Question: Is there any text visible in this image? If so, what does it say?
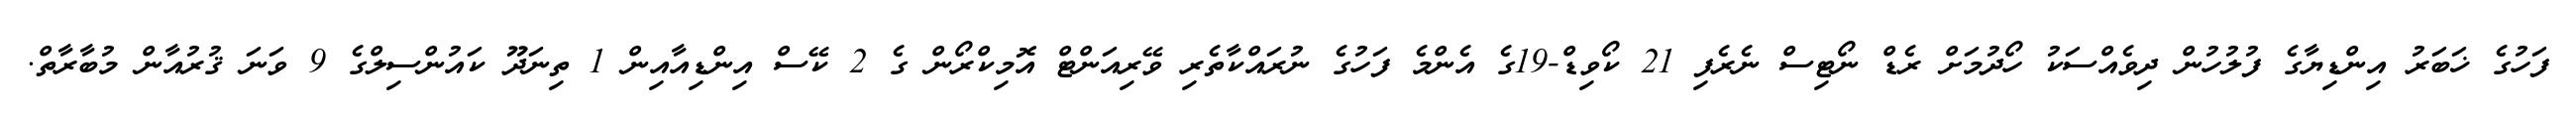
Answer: ފަހުގެ ޚަބަރު އިންޑިޔާގެ ފުލުހުން ދިވެއްސަކު ހޯދުމަށް ރެޑް ނޯޓިސް ނެރެފި 21 ކޯވިޑް-19ގެ އެންމެ ފަހުގެ ނުރައްކާތެރި ވޭރިއަންޓް އޮމިކްރޯން ގެ 2 ކޭސް އިންޑިއާއިން 1 ތިނަދޫ ކައުންސިލްގެ 9 ވަނަ ޤުރުއާން މުބާރާތް.